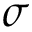
\sigma